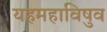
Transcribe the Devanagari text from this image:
यहमहाविषुव